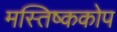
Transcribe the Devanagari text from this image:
मस्तिष्ककोप